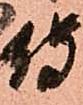
侍